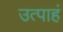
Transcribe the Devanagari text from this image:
उत्पाहं